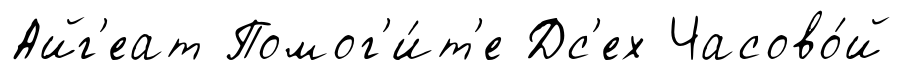
Айг'еат Помог'и́т'е Дс'ех Часово́й